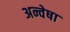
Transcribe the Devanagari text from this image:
अन्वेषा